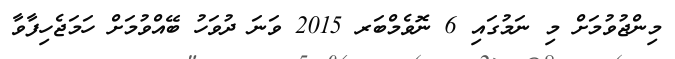
މިންޖުވުމަށް މި ނަމުގައި 6 ނޮވެމްބަރ 2015 ވަނަ ދުވަހު ބޭއްވުމަށް ހަމަޖެހިފާވާ